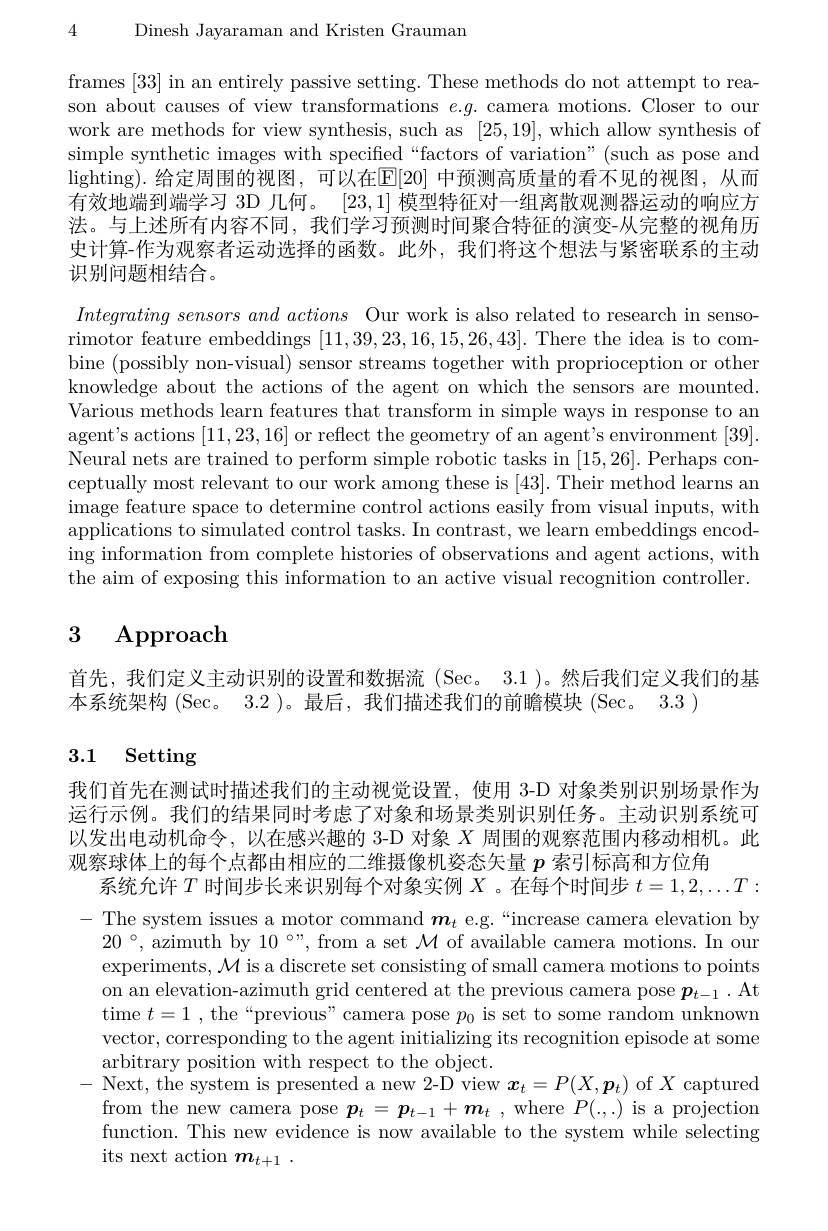
4 Dinesh Jayaraman and Kristen Grauman

frames [33] in an entirely passive setting. These methods do not attempt to reason about causes of view transformations $e.g.$ camera motions. Closer to our work are methods for view synthesis, such as [25,19],which allow synthesis of simple synthetic images with specified“factors of variation”(such as pose and lighting). 给定周围的视图，可以在E[20] 中预测高质量的看不见的视图，从而有效地端到端学习 3D 几何。[23,1]模型特征对一组离散观测器运动的响应方法。与上述所有内容不同，我们学习预测时间聚合特征的演变-从完整的视角历史计算-作为观察者运动选择的函数。此外，我们将这个想法与紧密联系的主动识别问题相结合。

$Integrating\textit{ sensors and actions Our work is also related to research in senso- }$ rimotor feature embeddings [11,39,23,16,15,26,43]. There the idea is to combine (possibly non-visual) sensor streams together with proprioception or other knowledge about the actions of the agent on which the sensors are mounted. Various methods learn features that transform in simple ways in response to an agent's actions [11,23,16] or reflect the geometry of an agent's environment [39]. Neural nets are trained to perform simple robotic tasks in [15,26]. Perhaps conceptually most relevant to our work among these is [43]. Their method learns an image feature space to determine control actions easily from visual inputs, with applications to simulated control tasks. In contrast, we learn embeddings encoding information from complete histories of observations and agent actions, with the aim of exposing this information to an active visual recognition controller.

## 3 Approach

首先，我们定义主动识别的设置和数据流(Sec。3.1)。然后我们定义我们的基
本系统架构 (Sec。3.2 )。最后，我们描述我们的前瞻模块 (Sec。3.3 )

## 3.1 Setting

我们首先在测试时描述我们的主动视觉设置，使用 3-D 对象类别识别场景作为运行示例。我们的结果同时考虑了对象和场景类别识别任务。主动识别系统可以发出电动机命令，以在感兴趣的 3-D 对象$X$周围的观察范围内移动相机。此观察球体上的每个点都由相应的二维摄像机姿态矢量$p$索引标高和方位角
系统允许$T$时间步长来识别每个对象实例$X$ 。在每个时间步$t=1,2,\ldots T:$

$\begin{array}{l}-&\text{The system issues a motor command}\boldsymbol{m}_{t}\mathrm{~e.g.~“increase~camera~elevation~by}\\20°,\mathrm{~azimuth~by~10~\circ",~from~a~set~}\mathcal{M}\mathrm{~of~available~camera~motions.~In~our}\end{array}$
experiments, $\mathcal{M}$ is a discrete set consisting of small camera motions to points on an elevation-azimuth grid centered at the previous camera pose $\boldsymbol p_{t-1}.$ At time $t= 1$ , the “ previous" camera pose $p_{0}$ is set to some random unknown vector, corresponding to the agent initializing its recognition episode at some arbitrary position with respect to the object.
- Next, the system is presented a new 2-D view $\boldsymbol x_t=P(X,\boldsymbol{p}_t)$ of $X$ captured
from the new camera pose $\boldsymbol{p}_t=\boldsymbol{p}_{t-1}+\boldsymbol{m}_t$ ,where $P(.,.)$ is a projection function. This new evidence is now available to the system while selecting its next action $m_t+1.$